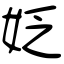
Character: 姂